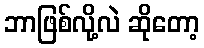
ဘာဖြစ်လို့လဲ ဆိုတော့